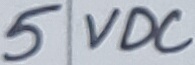
Text: 5 VDC